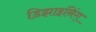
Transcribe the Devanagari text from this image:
डिझाइनिंग्